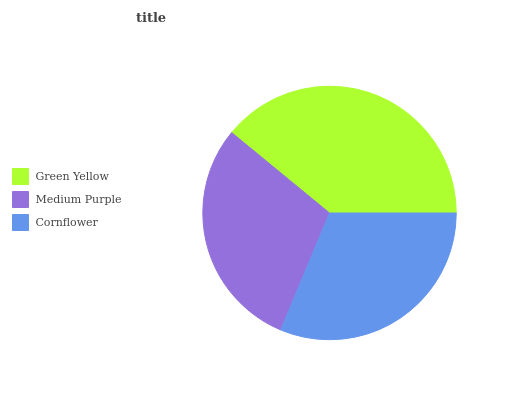
| Green Yellow | Medium Purple | Cornflower |
 | --- | --- | --- |
 | 39% | 29.6% | 31.4% |